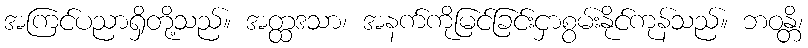
အကြင်ပညာရှိတို့သည်။ အတ္ထဒသာ၊ အနက်ကိုမြင်ခြင်းငှာစွမ်းနိုင်ကုန်သည်။ ဘဝန္တိ၊